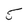
Character: 5